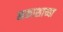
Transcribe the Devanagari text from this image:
नकाशाच्या